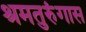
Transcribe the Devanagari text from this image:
श्रमतुरुंगास